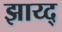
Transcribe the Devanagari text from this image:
झाय्द्